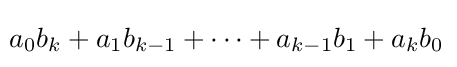
\!a_{0}b_{k}+a_{1}b_{k-1}+\cdots +a_{k-1}b_{1}+a_{k}b_{0}